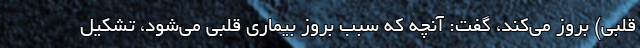
قلبی) بروز می‌کند، گفت:‌ آنچه که سبب بروز بیماری قلبی می‌شود، تشکیل